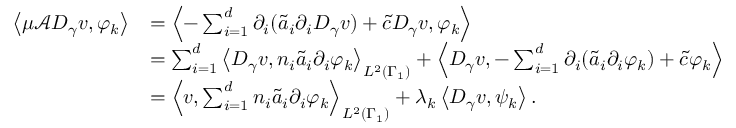
\begin{array} { r l } { \left< \mu \mathcal { A } D _ { \gamma } v , \varphi _ { k } \right> } & { = \left< - \sum _ { i = 1 } ^ { d } \partial _ { i } ( \tilde { a } _ { i } \partial _ { i } D _ { \gamma } v ) + \tilde { c } D _ { \gamma } v , \varphi _ { k } \right> } \\ & { = \sum _ { i = 1 } ^ { d } \left< D _ { \gamma } v , n _ { i } \tilde { a } _ { i } \partial _ { i } \varphi _ { k } \right> _ { L ^ { 2 } ( \Gamma _ { 1 } ) } + \left< D _ { \gamma } v , - \sum _ { i = 1 } ^ { d } \partial _ { i } ( \tilde { a } _ { i } \partial _ { i } \varphi _ { k } ) + \tilde { c } \varphi _ { k } \right> } \\ & { = \left< v , \sum _ { i = 1 } ^ { d } n _ { i } \tilde { a } _ { i } \partial _ { i } \varphi _ { k } \right> _ { L ^ { 2 } ( \Gamma _ { 1 } ) } + \lambda _ { k } \left< D _ { \gamma } v , \psi _ { k } \right> . } \end{array}